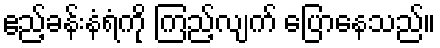
ဧည့်ခန်းနံရံကို ကြည့်လျက် ပြောနေသည်။